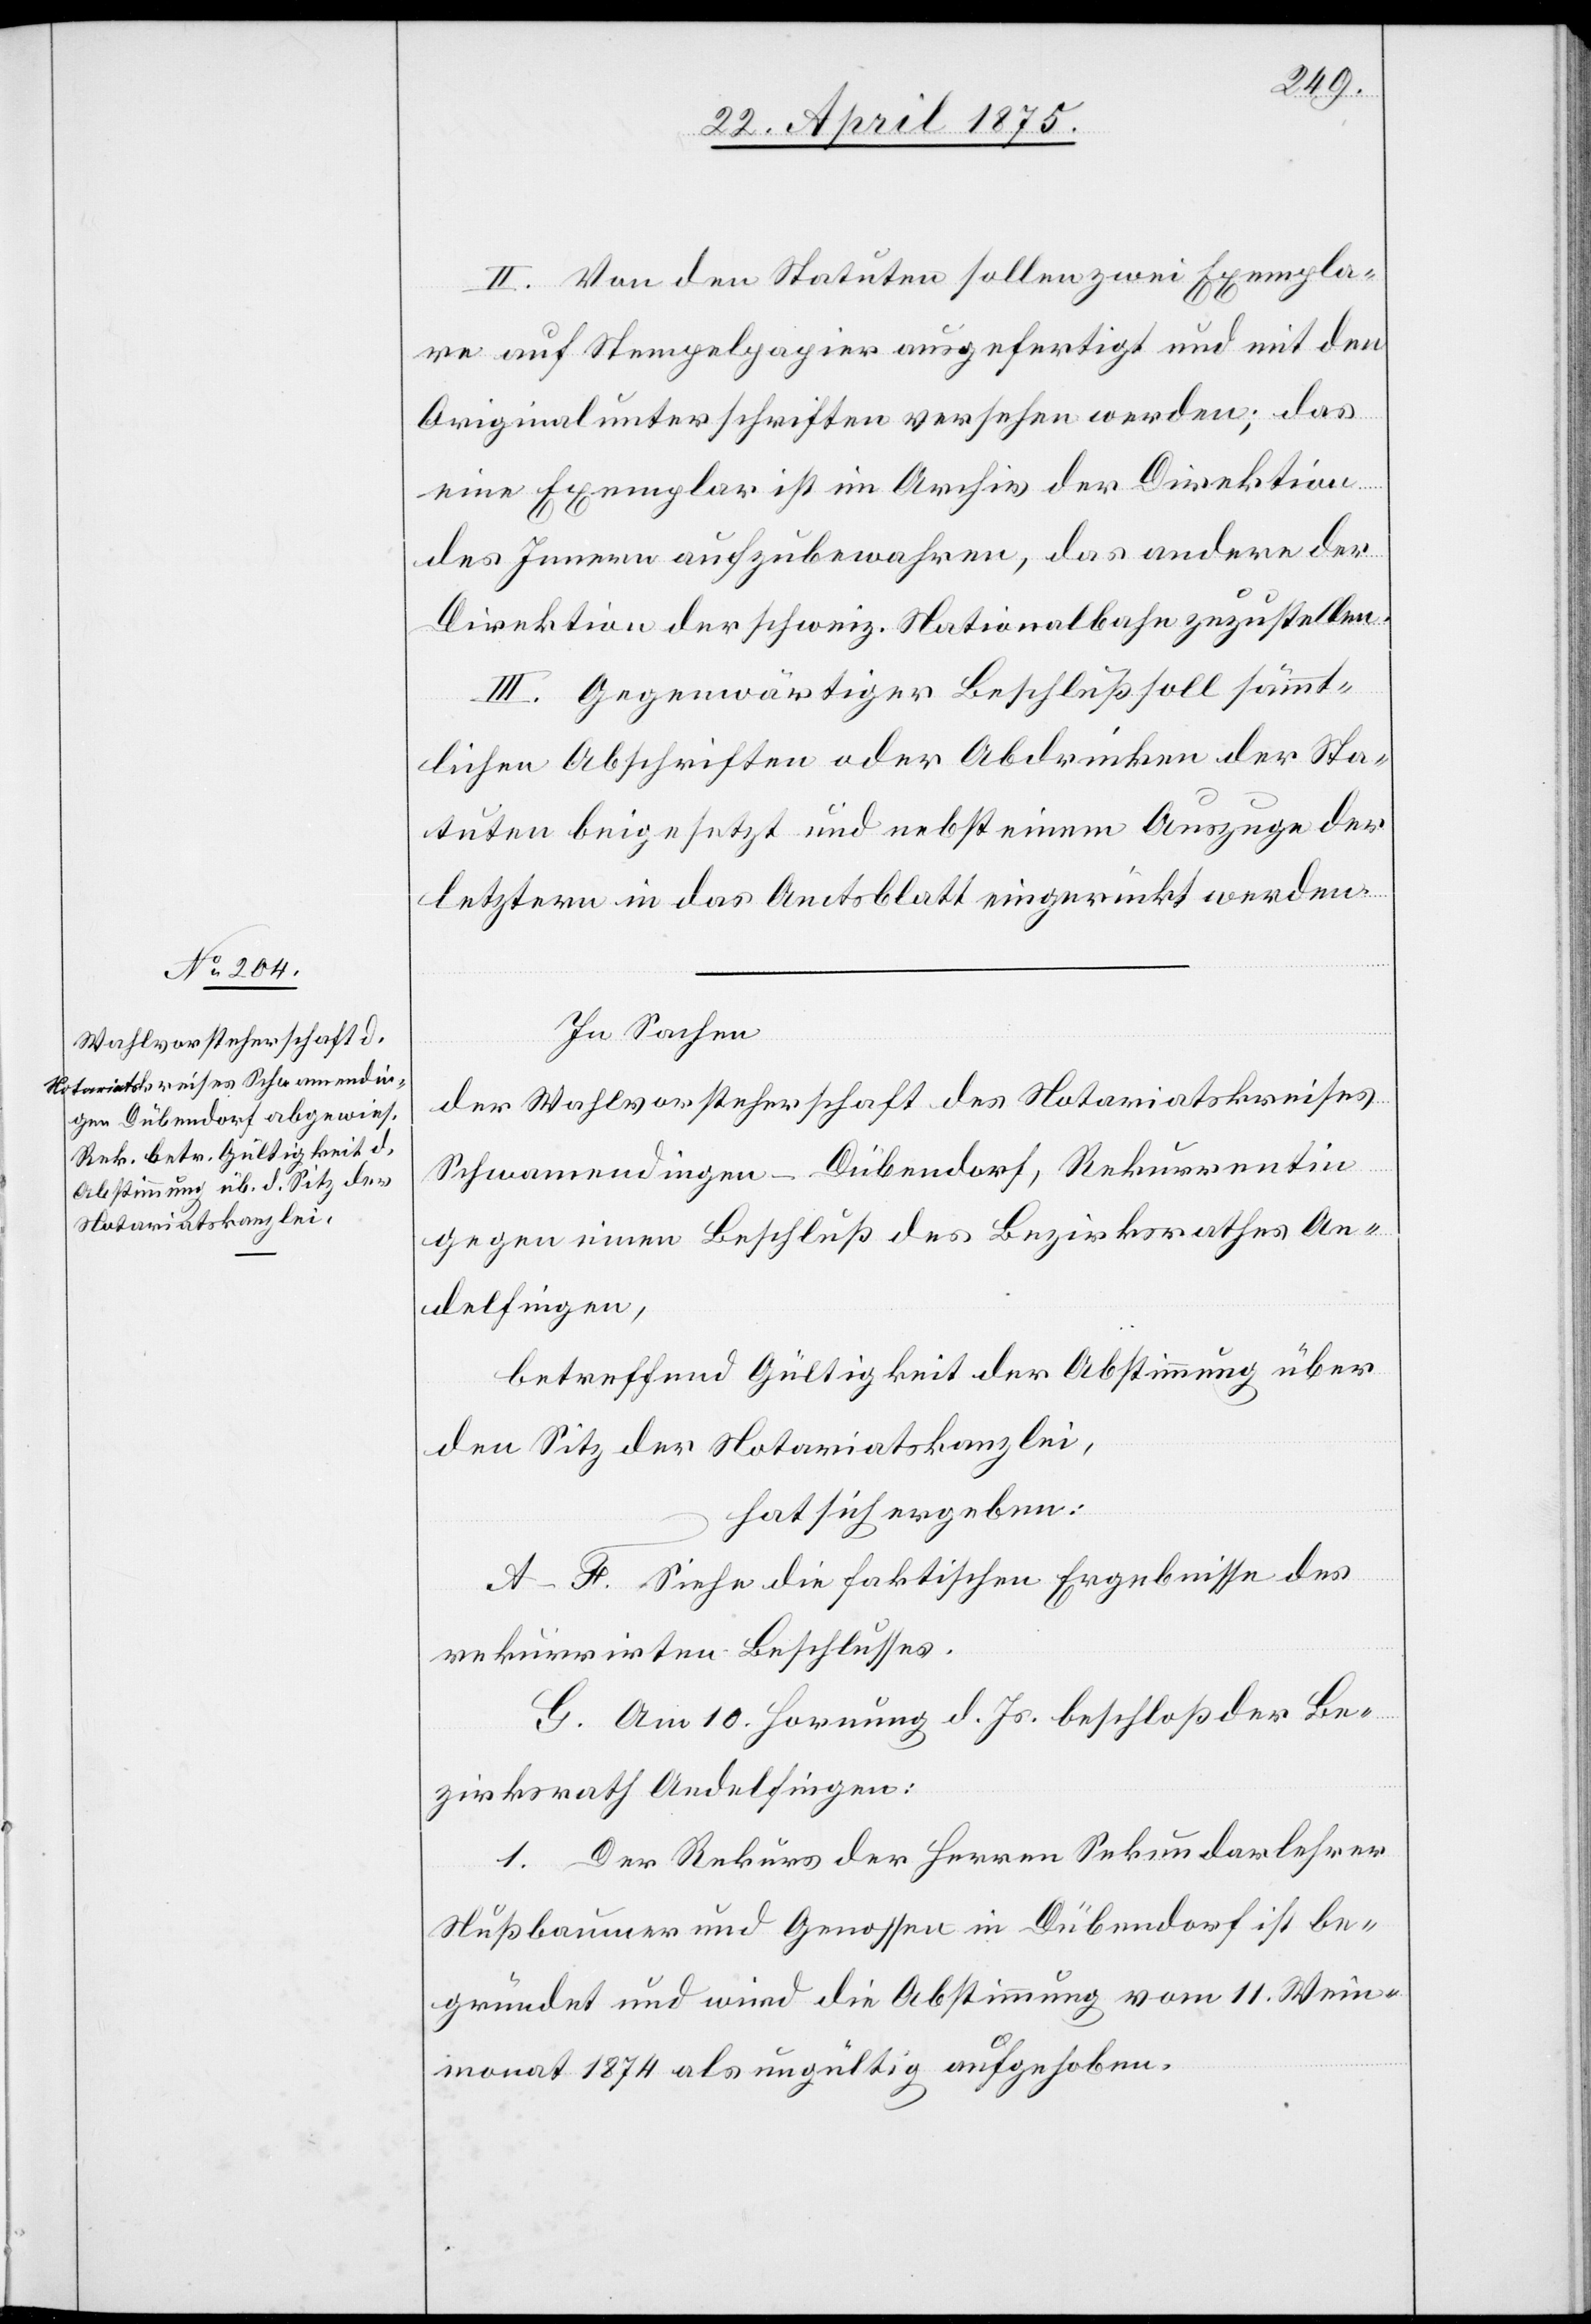
II. Von den Statuten sollen zwei Exempla¬
re auf Stempelpapier ausgefertigt und mit den
Originalunterschriften versehen werden; das
eine Exemplar ist im Archiv der Direktion
des Innern aufzubewahren, das andere der
Direktion der schweiz. Nationalbahn zuzustellen.
III. Gegenwärtiger Beschluß soll sämmt¬
lichen Abschriften oder Abdrucken der Sta¬
tuten beigesetzt und nebst einem Auszuge der
letztern in das Amtsblatt eingerückt werden.
In Sachen
der Wahlvorsteherschaft des Notariatskreises
Schwamendingen – Dübendorf, Rekurrenten
gegen einen Beschluß des Bezirksrathes An¬
delfingen,
betreffend Gültigkeit der Abstimmung über
den Sitz der Notariatskanzlei,
hat sich ergeben:
A–F. Siehe die faktischen Ergebnisse des
rekurrirten Beschlusses.
G. Am 10. Hornung d. Js. beschloß der Be¬
zirksrath Andelfingen:
1. Der Rekurs der Herren Sekundarlehrer
Nußbaumer und Genossen in Dübendorf ist be¬
gründet und wird die Abstimmung vom 11. Wein¬
monat 1874 als ungültig aufgehoben.